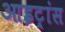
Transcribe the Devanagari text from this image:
आइट्रांस